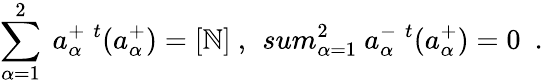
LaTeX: \sum_{\alpha=1}^{2}\ a_{\alpha}^{+}\ ^{t}(a_{\alpha}^{+})=[\mathbb{N}]\ ,\ \, sum_{\alpha=1}^{2}\ a_{\alpha}^{-}\ ^{t}(a_{\alpha}^{+})=0\ \ .